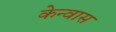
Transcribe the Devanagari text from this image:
केन्वास